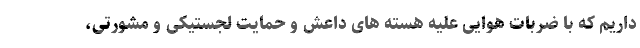
داریم که با ضربات هوایی علیه هسته های داعش و حمایت لجستیکی و مشورتی،